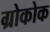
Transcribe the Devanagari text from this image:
ग्रोकोक